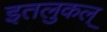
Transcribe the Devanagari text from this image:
इतलुकल्